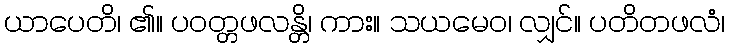
ယာပေတိ၊ ၏။ ပဝတ္တဖလန္တိ၊ ကား။ သယမေဝ၊ လျှင်။ ပတိတဖလံ၊